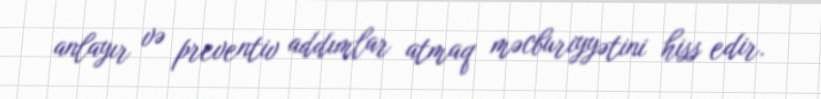
anlayır və preventiv addımlar atmaq məcburiyyətini hiss edir.